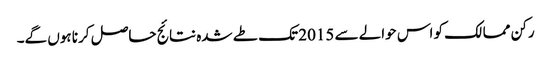
رکن ممالک کو اس حوالے سے 2015 تک طے شدہ نتائج حاصل کرنا ہوں گے۔